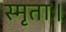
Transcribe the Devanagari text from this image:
स्मृताः।